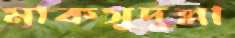
মাকসুদুল্লা